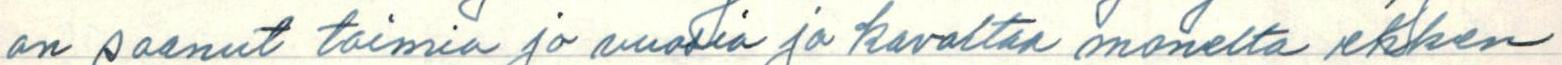
on saanut toimia jo vuosia ja kavaltaa monelta ehken